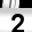
Digit: 2